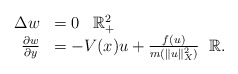
\begin{align*}\begin{array}{rlll}\Delta w &=0 \; \; \; \mathbb R^{2}_{+}\\\frac{\partial w}{\partial y}&= -V(x) u+ \frac{f(u)}{m(\|u\|_{X}^2)}\; \; \mathbb R.\end{array}\end{align*}